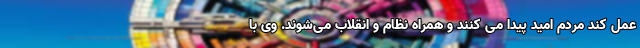
عمل کند مردم امید پیدا می کنند و همراه نظام و انقلاب می‌شوند. وی با